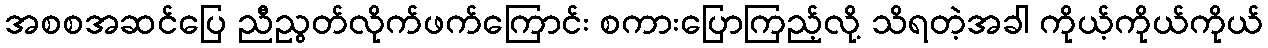
အစစအဆင်ပြေ ညီညွတ်လိုက်ဖက်ကြောင်း စကားပြောကြည့်လို့ သိရတဲ့အခါ ကိုယ့်ကိုယ်ကိုယ်